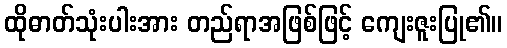
ထိုဓာတ်သုံးပါးအား တည်ရာအဖြစ်ဖြင့် ကျေးဇူးပြု၏။